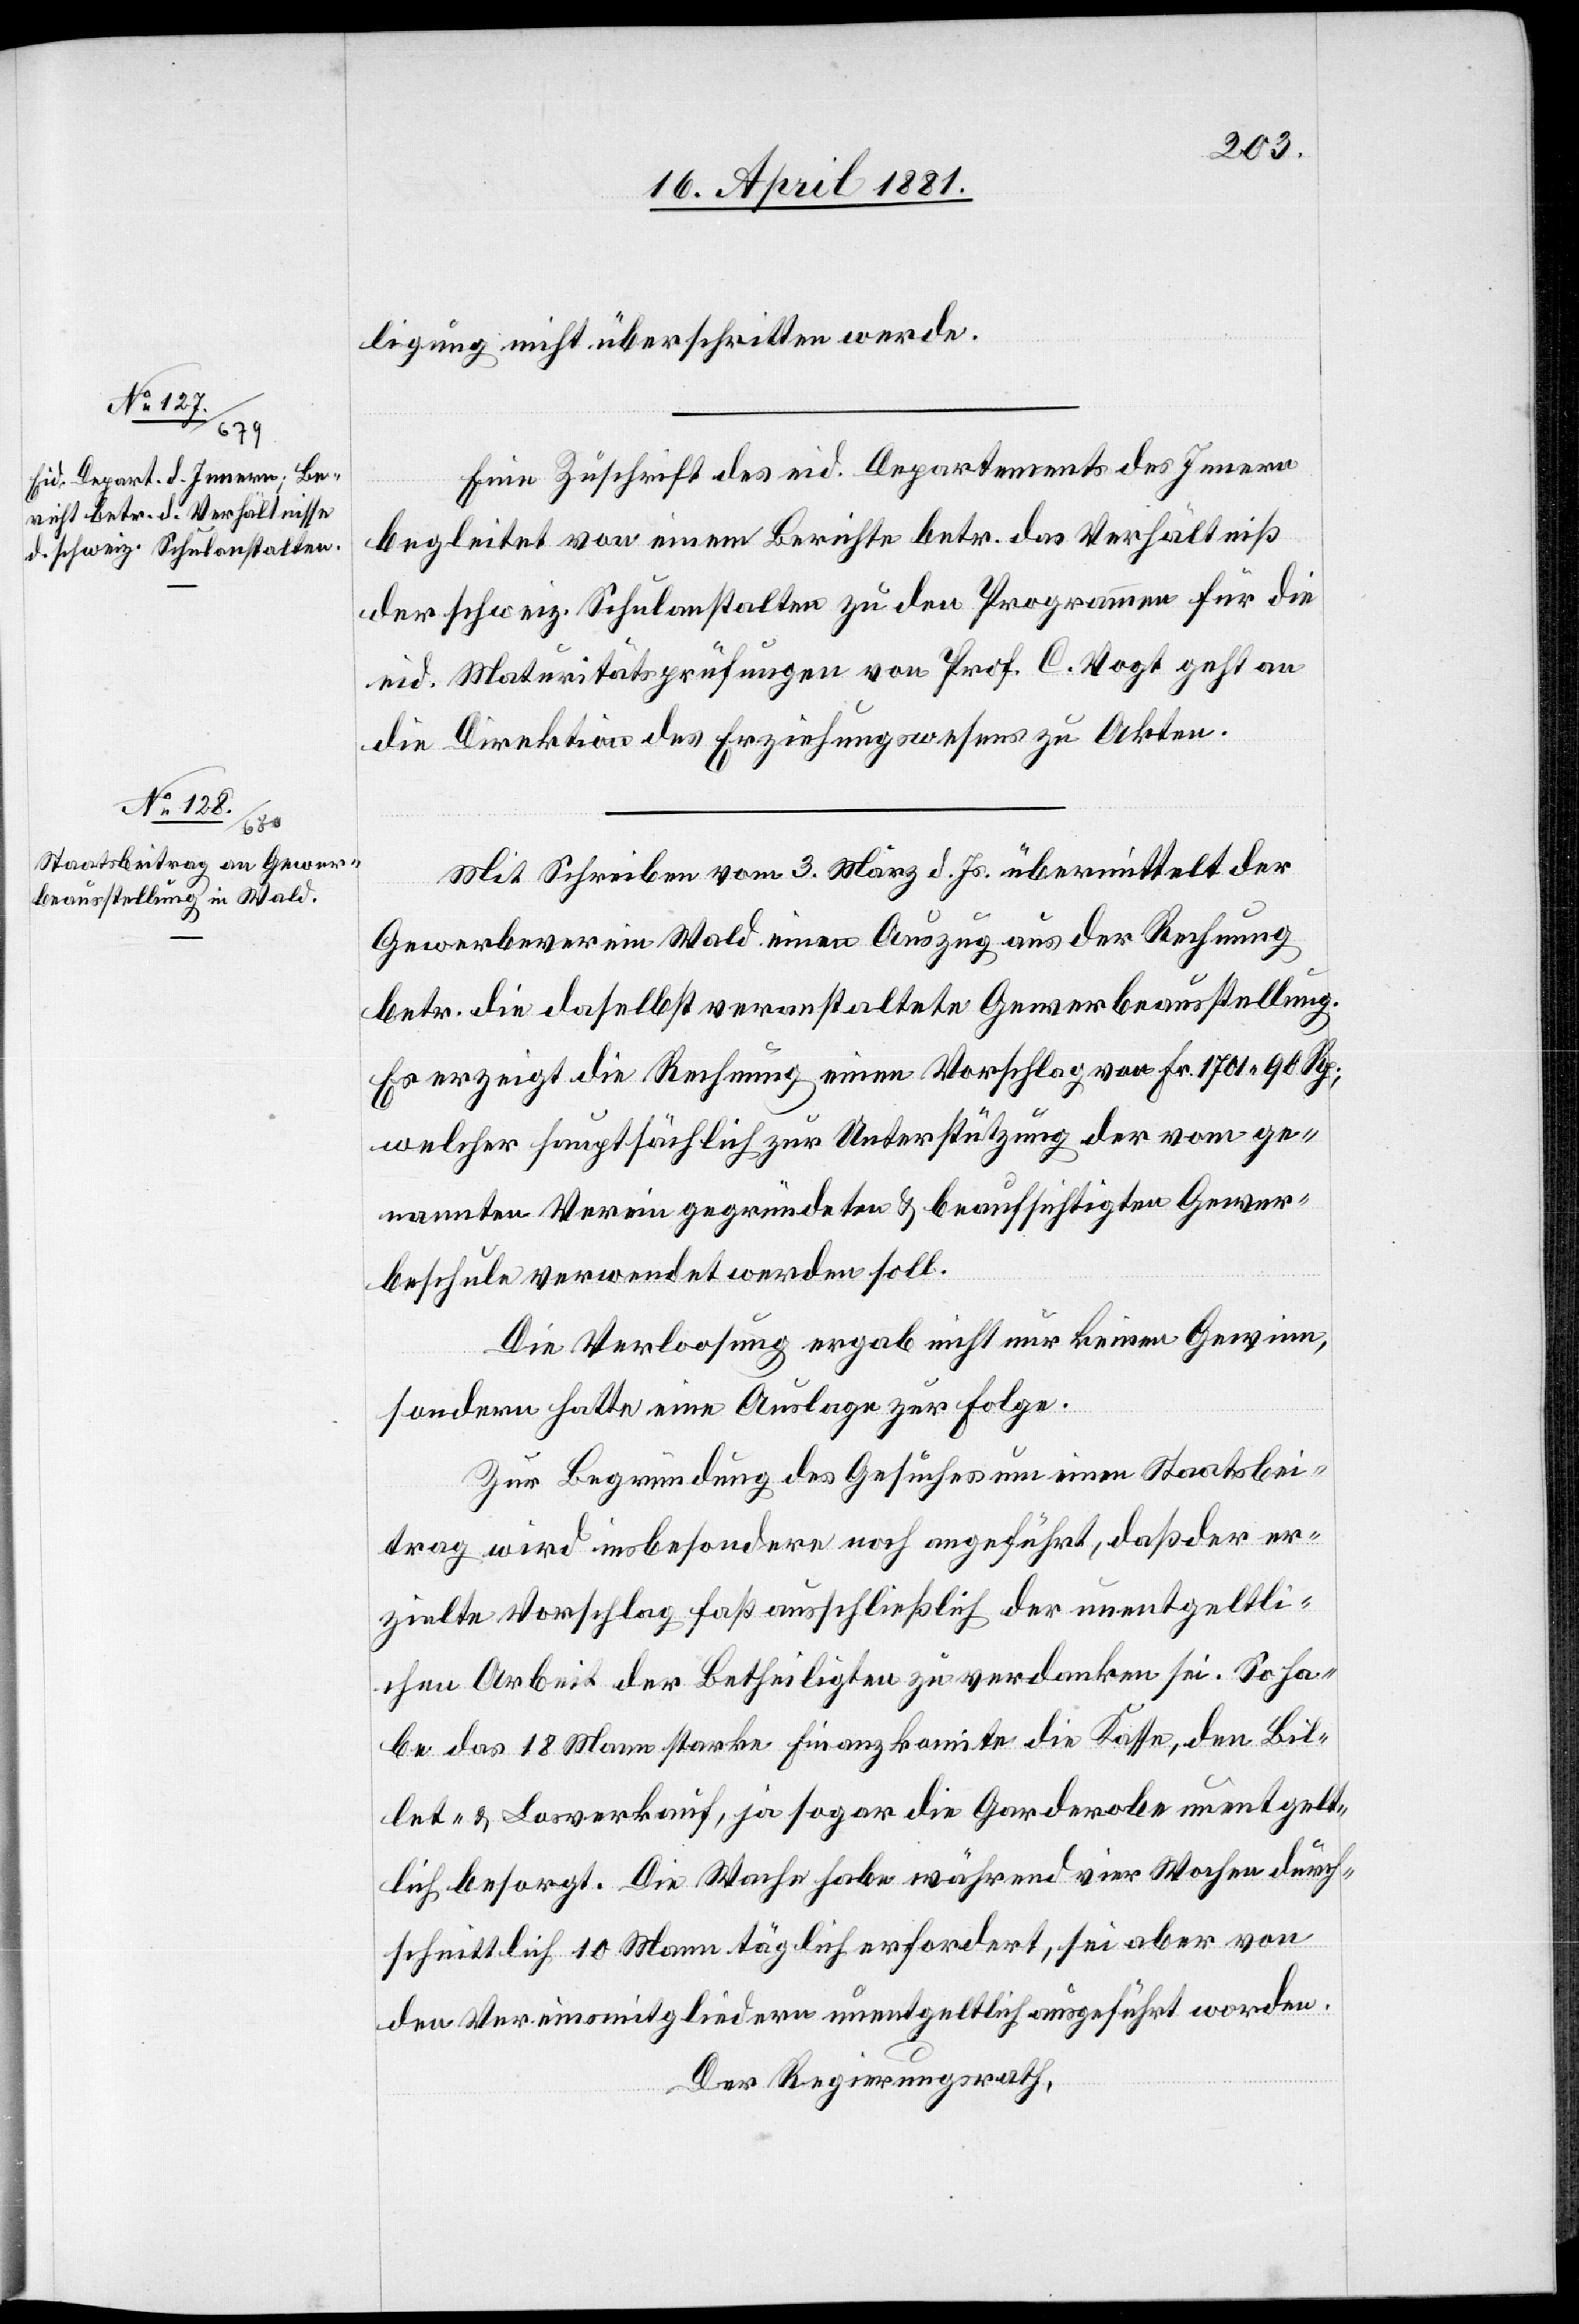
beschule

ligung nicht überschritten werde.
Eine Zuschrift des eid. Departements des Innern
begleitet von einem Berichte betr. das Verhältniß
der schweiz. Schulanstalten zu den Programmen für die
eid. Maturitätsprüfungen von Prof. C. Vogt geht an
die Direktion des Erziehungswesens zu Akten.
Mit Schreiben vom 3. März d. Js. übermittelt der
Gewerbeverein Wald einen Auszug aus der Rechnung
betr. die daselbst veranstaltete Gewerbeausstellung.
Es erzeigt die Rechnung einen Vorschlag von Fr. 1701 90 Rp.,
welcher hauptsächlich zur Unterstützung der vom ge¬
nannten Verein gegründeten & beaufsichtigten Gewer¬
Die Verloosung ergab nicht nur keinen Gewinn,
sondern hatte eine Auslage zur Folge.
Zur Begründung des Gesuches um einen Staatsbei¬
trag wird insbesondere noch angeführt, daß der er¬
zielte Vorschlag fast ausschließlich der unentgeltli¬
chen Arbeit der Betheiligten zu verdanken sei. So ha¬
be das 18 Mann starke Finanzkomite die Kasse, den Bil¬
let- & Losverkauf, ja sogar die Garderobe unentgelt¬
lich besorgt. Die Wache habe während vier Wochen durch¬
schnittlich 10 Mann täglich erfordert, sei aber von
den Vereinsmitgliedern unentgeltlich ausgeführt worden.
Der Regierungsrath,